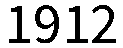
1912